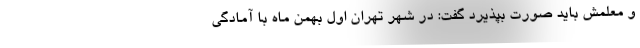
و معلمش باید صورت بپذیرد گفت: در شهر تهران اول بهمن ماه با آمادگی